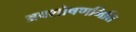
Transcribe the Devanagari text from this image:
अवशोषणमिति